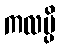
ကလမ္ပိ